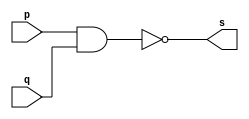
// ------------------------- 
// Exemplo0006 - NAND 
// Nome: Jnatas Sena Ferreira 
// ------------------------- 
// ------------------------- 
// -- and gate 
// ------------------------- 
module nandgate ( output s, 
input p, 
input q); 
assign s = ~(p & q); 
endmodule // andgate 
// --------------------- 
// -- test nand gate 
// --------------------- 
module testnandgate; 
// ------------------------- dados locais 
reg a, b; // definir registradores 
wire s; // definir conexao (fio) 
// ------------------------- instancia 
nandgate NAND1 (s, a, b); 
// ------------------------- preparacao 
initial begin:start 
a=0; b=0; 
end 
// ------------------------- parte principal 
initial begin 
$display("Exemplo0006 - Jnatas Sena Ferreira - 427424"); 
$display("Test NAND gate"); 
$display("\n~(a & b) = s\n"); 
a=0; b=0; 
#1 $display("~(%b & %b) = %b", a, b, s); 
a=0; b=1; 
#1 $display("~(%b & %b) = %b", a, b, s); 
a=1; b=0; 
#1 $display("~(%b & %b) = %b", a, b, s); 
a=1; b=1; 
#1 $display("~(%b & %b) = %b", a, b, s); 
end 
endmodule // testandgate